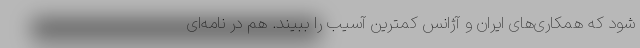
شود که همکاری‌های ایران و آژانس کمترین آسیب را ببیند. هم در نامه‌ای